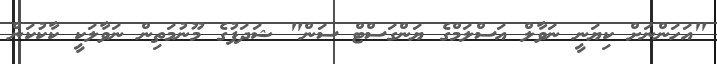
"އަހަންނަށް ކިޔަނީ ނަވާލް އަސްލަމްގެ ޔަންގަސްޓް ސަން" ޝަދަފުގެ މޫނުމަތިން ނަވާލަކީ ކާކުކަން